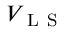
V _ { \mathrm { ~ L ~ S ~ } }